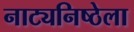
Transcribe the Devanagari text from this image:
नाट्यनिष्ठेला